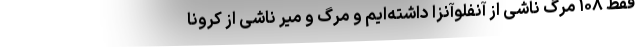
فقط ۱۰۸ مرگ ناشی از آنفلوآنزا داشته‌ایم و مرگ و میر ناشی از کرونا